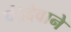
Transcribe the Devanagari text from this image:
चंद्रदेवाने